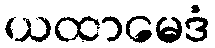
ယထာမေဒံ